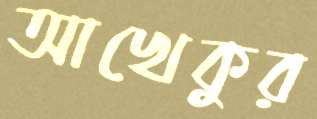
আখেকুর